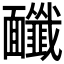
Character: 𩉔